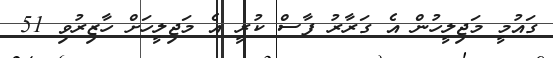
ގައުމީ މަޖިލީހުން އެ ގަރާރު ފާސް ކުރީ އެ މަޖިލީހަށް ހާޒިރުވި 51